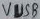
Text: VUSB